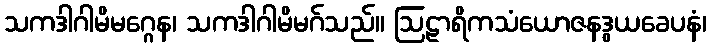
သကဒါဂါမိမဂ္ဂေန၊ သကဒါဂါမိမဂ်သည်။ ဩဠာရိကသံယောဇနဒွယခေပနံ၊